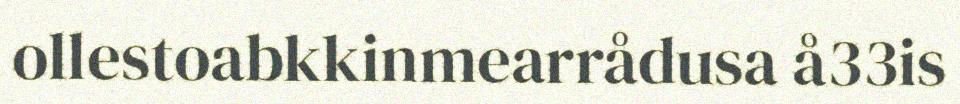
ollestoabkkinmearrådusa å33is